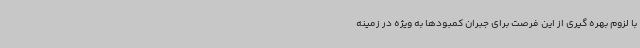
با لزوم بهره گیری از این فرصت برای جبران کمبودها به ویژه در زمینه